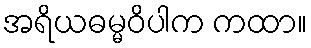
အရိယဓမ္မဝိပါက ကထာ။